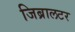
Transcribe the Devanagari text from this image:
जिब्रालटर